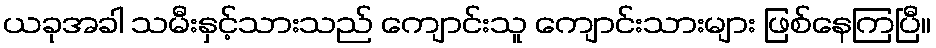
ယခုအခါ သမီးနှင့်သားသည် ကျောင်းသူ ကျောင်းသားများ ဖြစ်နေကြပြီ။